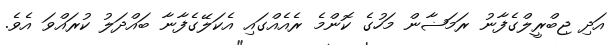
އަދި ޖިބްރީލްގެފާނު ރަމަޟާން މަހުގެ ކޮންމެ ރެއެއްގައި އެކަލޭގެފާނާ ބައްދަލު ކުރައްވަ އެވެ.